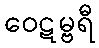
ဝေဋမ္ဗရီ